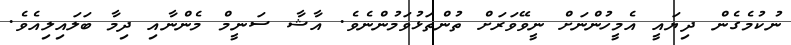
ނުކުމެގެން ދިޔައީ އެމީހުންނަށް ނީވޭވަރަށް ތުންތަޅުވަމުންނެވެ. އާޝާ ސަނީމް މެންނާއި ދިމާ ބަލައިލިއެވެ.